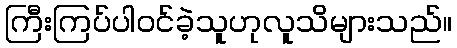
ကြီးကြပ်ပါဝင်ခဲ့သူဟုလူသိများသည်။